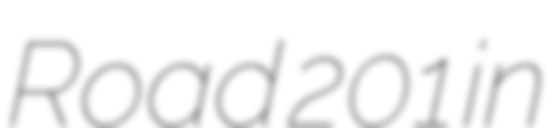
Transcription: Road 201 in